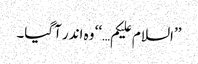
’’السلام علیکم…‘‘ وہ اندر آگیا۔